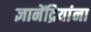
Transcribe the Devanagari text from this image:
ज्ञानेंद्रियांना